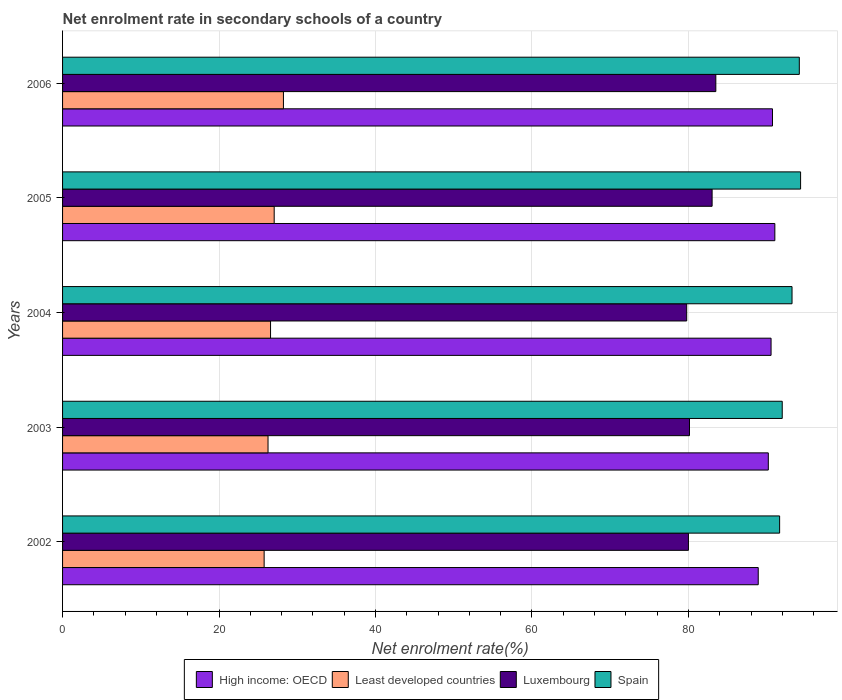
| Years | High income: OECD | Least developed countries | Luxembourg | Spain |
 | --- | --- | --- | --- | --- |
 | 2002 | 88.9 | 25.8 | 80 | 91.7 |
 | 2003 | 90.2 | 26.3 | 80.1 | 92 |
 | 2004 | 90.6 | 26.6 | 79.8 | 93.2 |
 | 2005 | 91 | 27 | 83 | 94.3 |
 | 2006 | 90.7 | 28.2 | 83.5 | 94.2 |